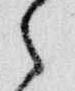
之